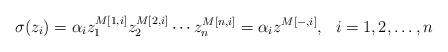
LaTeX: \begin{align*} \sigma(z_i)&=\alpha_iz_1^{M[1,i]}z_2^{ M[2,i]}\cdots z_n^{ M[n,i]}= \alpha_i z^{M[-,i]},\ \ i=1,2,\dots,n\end{align*}